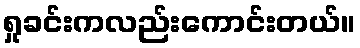
ရှုခင်းကလည်းကောင်းတယ်။